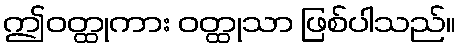
ဤဝတ္ထုကား ဝတ္ထုသာ ဖြစ်ပါသည်။